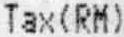
TAX(RM)